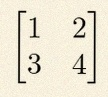
\begin{bmatrix}1&2\\3&4\end{bmatrix}